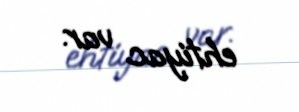
ehtiyac var.